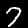
Label: 7